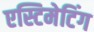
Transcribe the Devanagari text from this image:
एस्टिमेटिंग